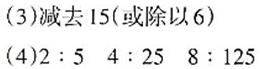
(3)减去15(或除以6)
(4)$2:5\quad4:25\quad8:125$